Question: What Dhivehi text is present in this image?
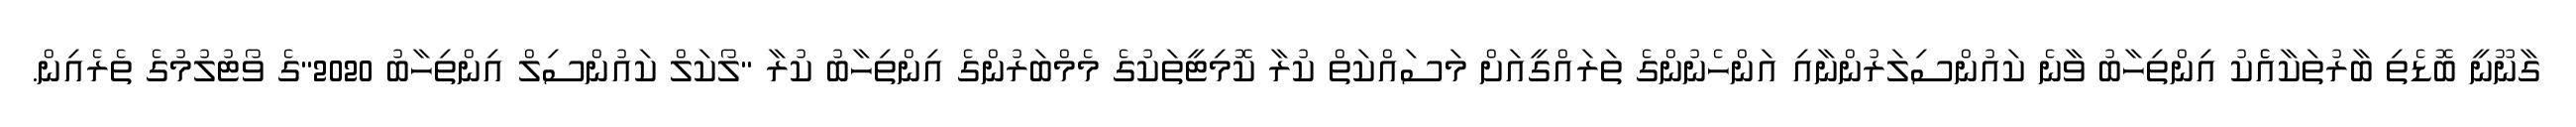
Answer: ގާނޫނީ ބޮޑެތި ބާރުތަކާއެެކު އިންތިހާބު ވާނެ ކައުންސިލަރުންނާއި އަންހެނުންގެ ތަރައްގީއަށް މަސައްކަތް ކުރާ ކޮމިޓީތަކުގެ މެމްބަރުންގެ އިންތިހާބު ކުރާ "ލޯކަލް ކައުންސިލް އިންތިހާބު 2020"ގެ ވޯޓުލުމުގެ ތެރެއިން.